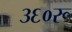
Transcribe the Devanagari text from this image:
३६०रू